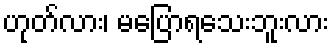
ဟုတ်လား၊ မပြောရသေးဘူးလား